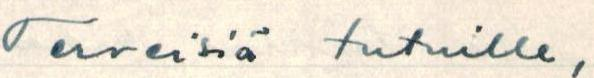
Terveisiä tutuille,